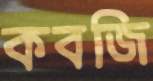
কবজি